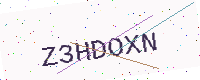
Text: Z3HDOXN